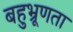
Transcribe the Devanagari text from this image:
बहुभ्रूणता